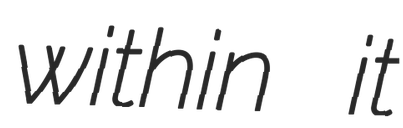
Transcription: within it